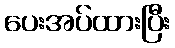
ပေးအပ်ထားပြီး